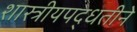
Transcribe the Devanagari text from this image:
शास्त्रीयपद्धतीने